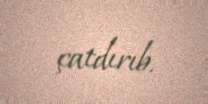
çatdırıb.